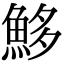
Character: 𩶰